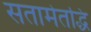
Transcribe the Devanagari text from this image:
सतामेतद्धि